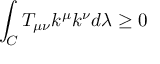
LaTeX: \int _ { C } T _ { \mu \nu } k ^ { \mu } k ^ { \nu } d \lambda \ge 0